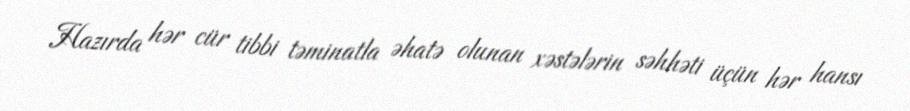
Hazırda hər cür tibbi təminatla əhatə olunan xəstələrin səhhəti üçün hər hansı